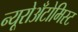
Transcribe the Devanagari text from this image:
न्यूरोअँटोमिस्ट